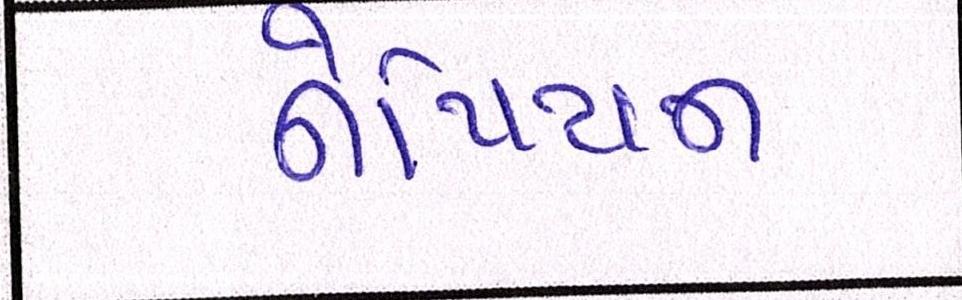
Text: નેપિયન